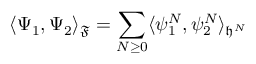
\langle \Psi _ { 1 } , \Psi _ { 2 } \rangle _ { \mathfrak { F } } = \sum _ { N \ge 0 } \langle \psi _ { 1 } ^ { N } , \psi _ { 2 } ^ { N } \rangle _ { \mathfrak { h } ^ { N } }